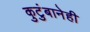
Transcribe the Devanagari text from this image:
कुटुंबानेही